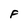
Character: F